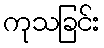
ကုသခြင်း